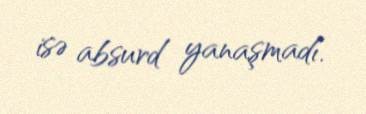
isə absurd yanaşmadı.